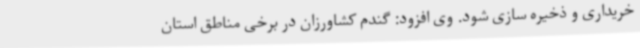
خریداری و ذخیره سازی شود. وی افزود: گندم کشاورزان در برخی مناطق استان